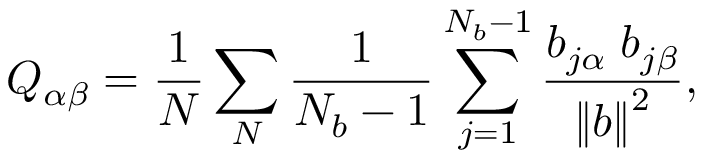
Q _ { \alpha \beta } = \frac { 1 } { N } \sum _ { N } \frac { 1 } { N _ { b } - 1 } \sum _ { j = 1 } ^ { N _ { b } - 1 } \frac { { b _ { j \alpha } \; b _ { j \beta } } } { \left\| b \right\| ^ { 2 } } ,